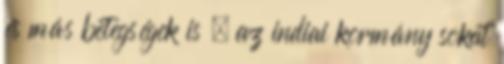
és más betegségek is . az indiai kormány sokat